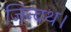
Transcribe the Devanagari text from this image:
जिन्वथ।